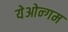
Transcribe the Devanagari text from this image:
येओन्गम